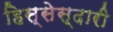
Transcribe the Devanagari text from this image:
हिस्सेस्दारी